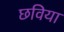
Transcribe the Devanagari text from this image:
छविया